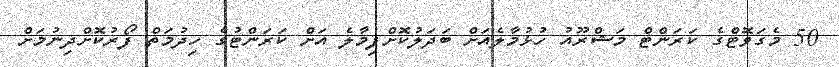
50 މެގަވޮޓްގެ ކަރަންޓް މަޝްރޫއު ހުޅުމާލެއަށް ބަދަލުކޮށްފިމާލެ އަށް ކަރަންޓުގެ ހިދުމަތް ފޯރުކޮށްދިނުމަށް